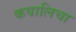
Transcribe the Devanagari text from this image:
कवालिचा